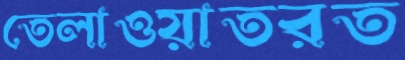
তেলাওয়াতরত